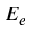
E _ { e }